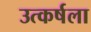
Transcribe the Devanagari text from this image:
उत्कर्षला